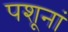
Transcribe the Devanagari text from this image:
पशूनां